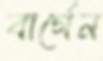
বার্গেন